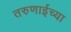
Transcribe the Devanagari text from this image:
तरुणाईच्या